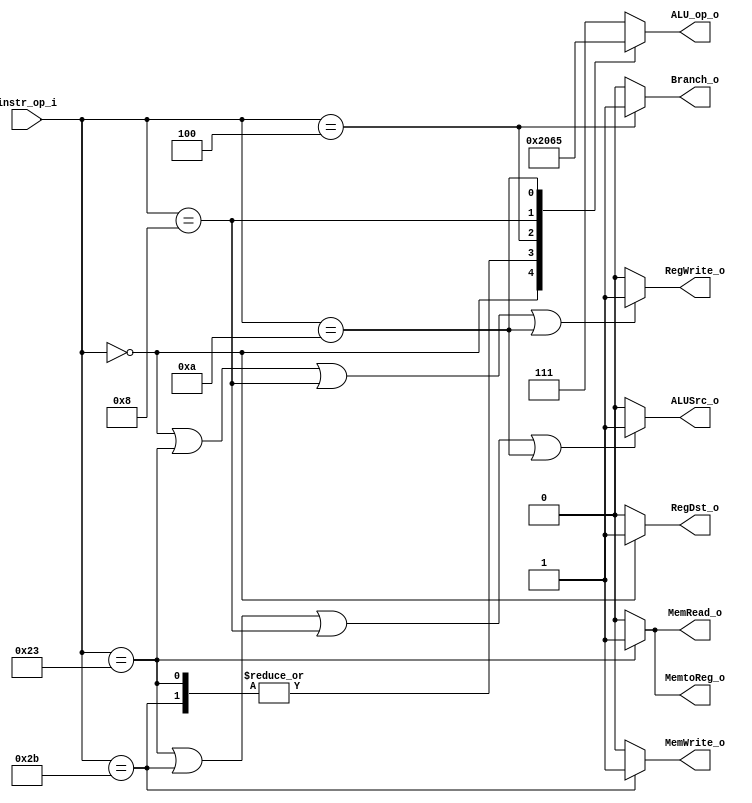
//Subject:     CO example - Decoder
//--------------------------------------------------------------------------------
//Version:     1
//--------------------------------------------------------------------------------
//Writer:      
//----------------------------------------------
//Date:        
//----------------------------------------------
//Description: 
//--------------------------------------------------------------------------------

module Decoder(
    instr_op_i,
    RegWrite_o,
    ALU_op_o,
    ALUSrc_o,
    RegDst_o,
    Branch_o,
    MemtoReg_o,
    MemRead_o,
    MemWrite_o
    );
     
//I/O ports
input   [6-1:0] instr_op_i;

output          RegWrite_o;
output  [3-1:0] ALU_op_o;
output          ALUSrc_o;
output          RegDst_o;
output          Branch_o;
output          MemtoReg_o;
output          MemRead_o;
output          MemWrite_o;
 
//Internal Signals
reg     [3-1:0] ALU_op_o;
reg             ALUSrc_o;
reg             RegWrite_o;
reg             RegDst_o;
reg             Branch_o;
reg             MemtoReg_o;
reg             MemRead_o;
reg             MemWrite_o;


//Main function
always@(instr_op_i)
begin
    case(instr_op_i)
        0: // R-type
            ALU_op_o = 3'b010;
        35: // load
            ALU_op_o = 3'b000;
        43: // store
            ALU_op_o = 3'b000;
        4: // beq
            ALU_op_o = 3'b001;
        8: // addi
            ALU_op_o = 3'b100;
        10: // slti
            ALU_op_o = 3'b101;
        default: // nop
            ALU_op_o = 3'b111;
    endcase
end

always@(instr_op_i)
begin
    if(instr_op_i == 35 || instr_op_i == 43 || instr_op_i == 8 || instr_op_i == 10) // load / store / I format
        ALUSrc_o = 1;
    else
        ALUSrc_o = 0;
end

always@(instr_op_i)
begin
    if(instr_op_i == 0 || instr_op_i == 35 || instr_op_i == 8 || instr_op_i == 10) // R-type / load / I format
        RegWrite_o = 1;
    else
        RegWrite_o = 0;
end

always@(instr_op_i)
begin
    if(instr_op_i == 0) // R-type
        RegDst_o = 1;
    else
        RegDst_o = 0;
end

always@(instr_op_i)
begin
    if(instr_op_i == 4) // beq
        Branch_o = 1;
    else
        Branch_o = 0;
end

always@(instr_op_i)
begin
    if(instr_op_i == 35) // load
        MemtoReg_o = 1;
    else
        MemtoReg_o = 0;
end

always@(instr_op_i)
begin
    if(instr_op_i == 35) // load
        MemRead_o = 1;
    else
        MemRead_o = 0;
end

always@(instr_op_i)
begin
    if(instr_op_i == 43) // store
        MemWrite_o = 1;
    else
        MemWrite_o = 0;
end

endmodule